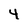
Character: 4